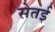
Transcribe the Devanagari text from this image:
सेतई